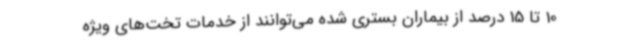
10 تا 15 درصد از بیماران بستری شده می‌توانند از خدمات تخت‌های ویژه